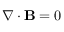
\nabla \cdot \mathbf { B } = 0